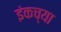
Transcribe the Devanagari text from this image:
इंकच्या